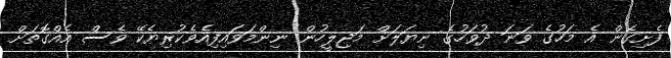
ފެށިގެން އެ މަހުގެ ވަނަ ދުވަހުގެ ނިޔަލަށް މަޖިލީހުން ނިންމަވައިފިއެވެކުރިޔެކޭ ވެސް އެއްގޮތަށް